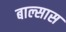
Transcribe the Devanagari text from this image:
बाल्सास